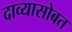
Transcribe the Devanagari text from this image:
दाव्यासोबत